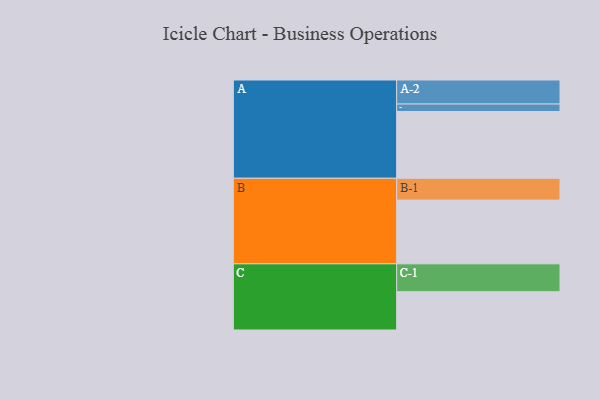
{"axis": {"x": "Segment", "y": "Value"}, "legend": ["", "A", "B", "C"], "data": [{"x": "A", "y": 572, "type": ""}, {"x": "B", "y": 546, "type": ""}, {"x": "C", "y": 328, "type": ""}, {"x": "A-1", "y": 64, "type": "A"}, {"x": "A-2", "y": 206, "type": "A"}, {"x": "B-1", "y": 187, "type": "B"}, {"x": "C-1", "y": 239, "type": "C"}]}